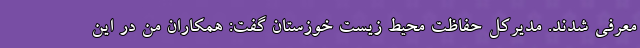
معرفی شدند. مدیرکل حفاظت محیط ‌زیست خوزستان گفت: همکاران من در این